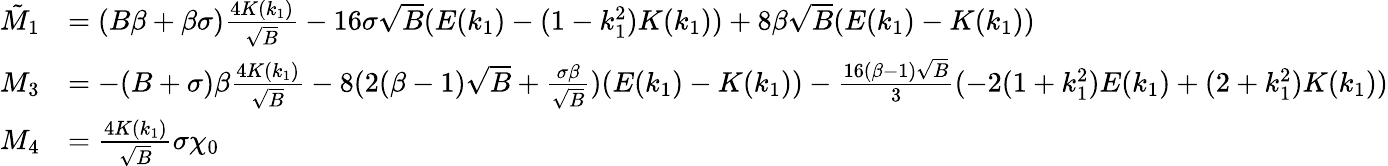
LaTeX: \begin{array}{rl}{\tilde{M}_{1}}&{=(B\beta+\beta\sigma)\frac{4K(k_{1})}{\sqrt{B}}-16\sigma\sqrt{B}(E(k_{1})-(1-k_{1}^{2})K(k_{1}))+8\beta\sqrt{B}(E(k_{1})-K(k_{1}))}\\ {M_{3}}&{=-(B+\sigma)\beta\frac{4K(k_{1})}{\sqrt{B}}-8(2(\beta-1)\sqrt{B}+\frac{\sigma\beta}{\sqrt{B}})(E(k_{1})-K(k_{1}))-\frac{16(\beta-1)\sqrt{B}}{3}(-2(1+k_{1}^{2})E(k_{1})+(2+k_{1}^{2})K(k_{1}))}\\ {M_{4}}&{=\frac{4K(k_{1})}{\sqrt{B}}\sigma\chi_{0}}\end{array}